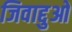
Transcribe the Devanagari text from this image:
जिवाद्दुओ